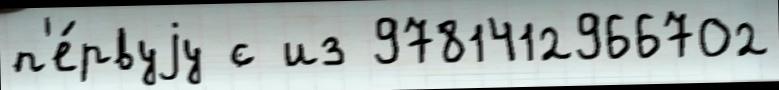
п'е́рвуjу с из 9781412966702